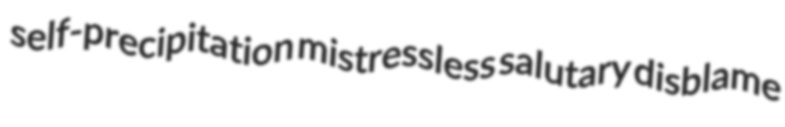
self-precipitation mistressless salutary disblame